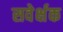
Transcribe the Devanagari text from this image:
सवेर्क्षक